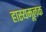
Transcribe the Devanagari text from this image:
हास्यमूलक